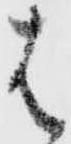
は